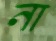
না